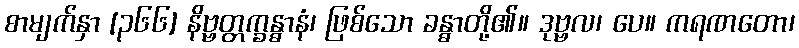
စာမျက်နှာ [၃၆၆] နိဗ္ဗတ္တက္ခန္ဓာနံ၊ ဖြစ်သော ခန္ဓာတို့၏။ ဒုဗ္ဗလ၊ ပေ။ ကရဏတော၊